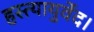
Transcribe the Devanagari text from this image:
हस्त्यायुर्वेद।